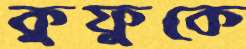
কুফুকে